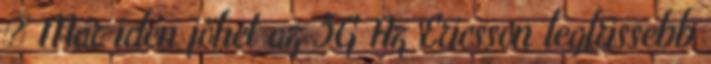
» Már idén jöhet az 5G Az Ericsson legfrissebb